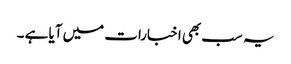
یہ سب بھی اخبارات میں آیا ہے ۔